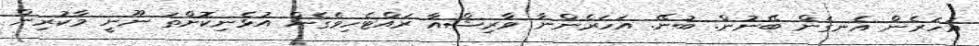
އަހަރެން އެނގެން ބޭނުން. ބުނޭ. އަހަރެންނާ ވާރިޝްއާ ރައްޓެހިވެގެން އުޅެނިކޮށްތަ ނޫނީ މާކުރިން